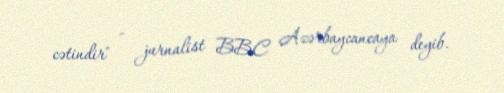
cətindir" - jurnalist BBC Azərbaycancaya deyib.